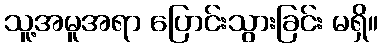
သူ့အမူအရာ ပြောင်းသွားခြင်း မရှိ။